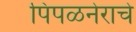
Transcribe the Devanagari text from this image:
पिंपळनेराचे